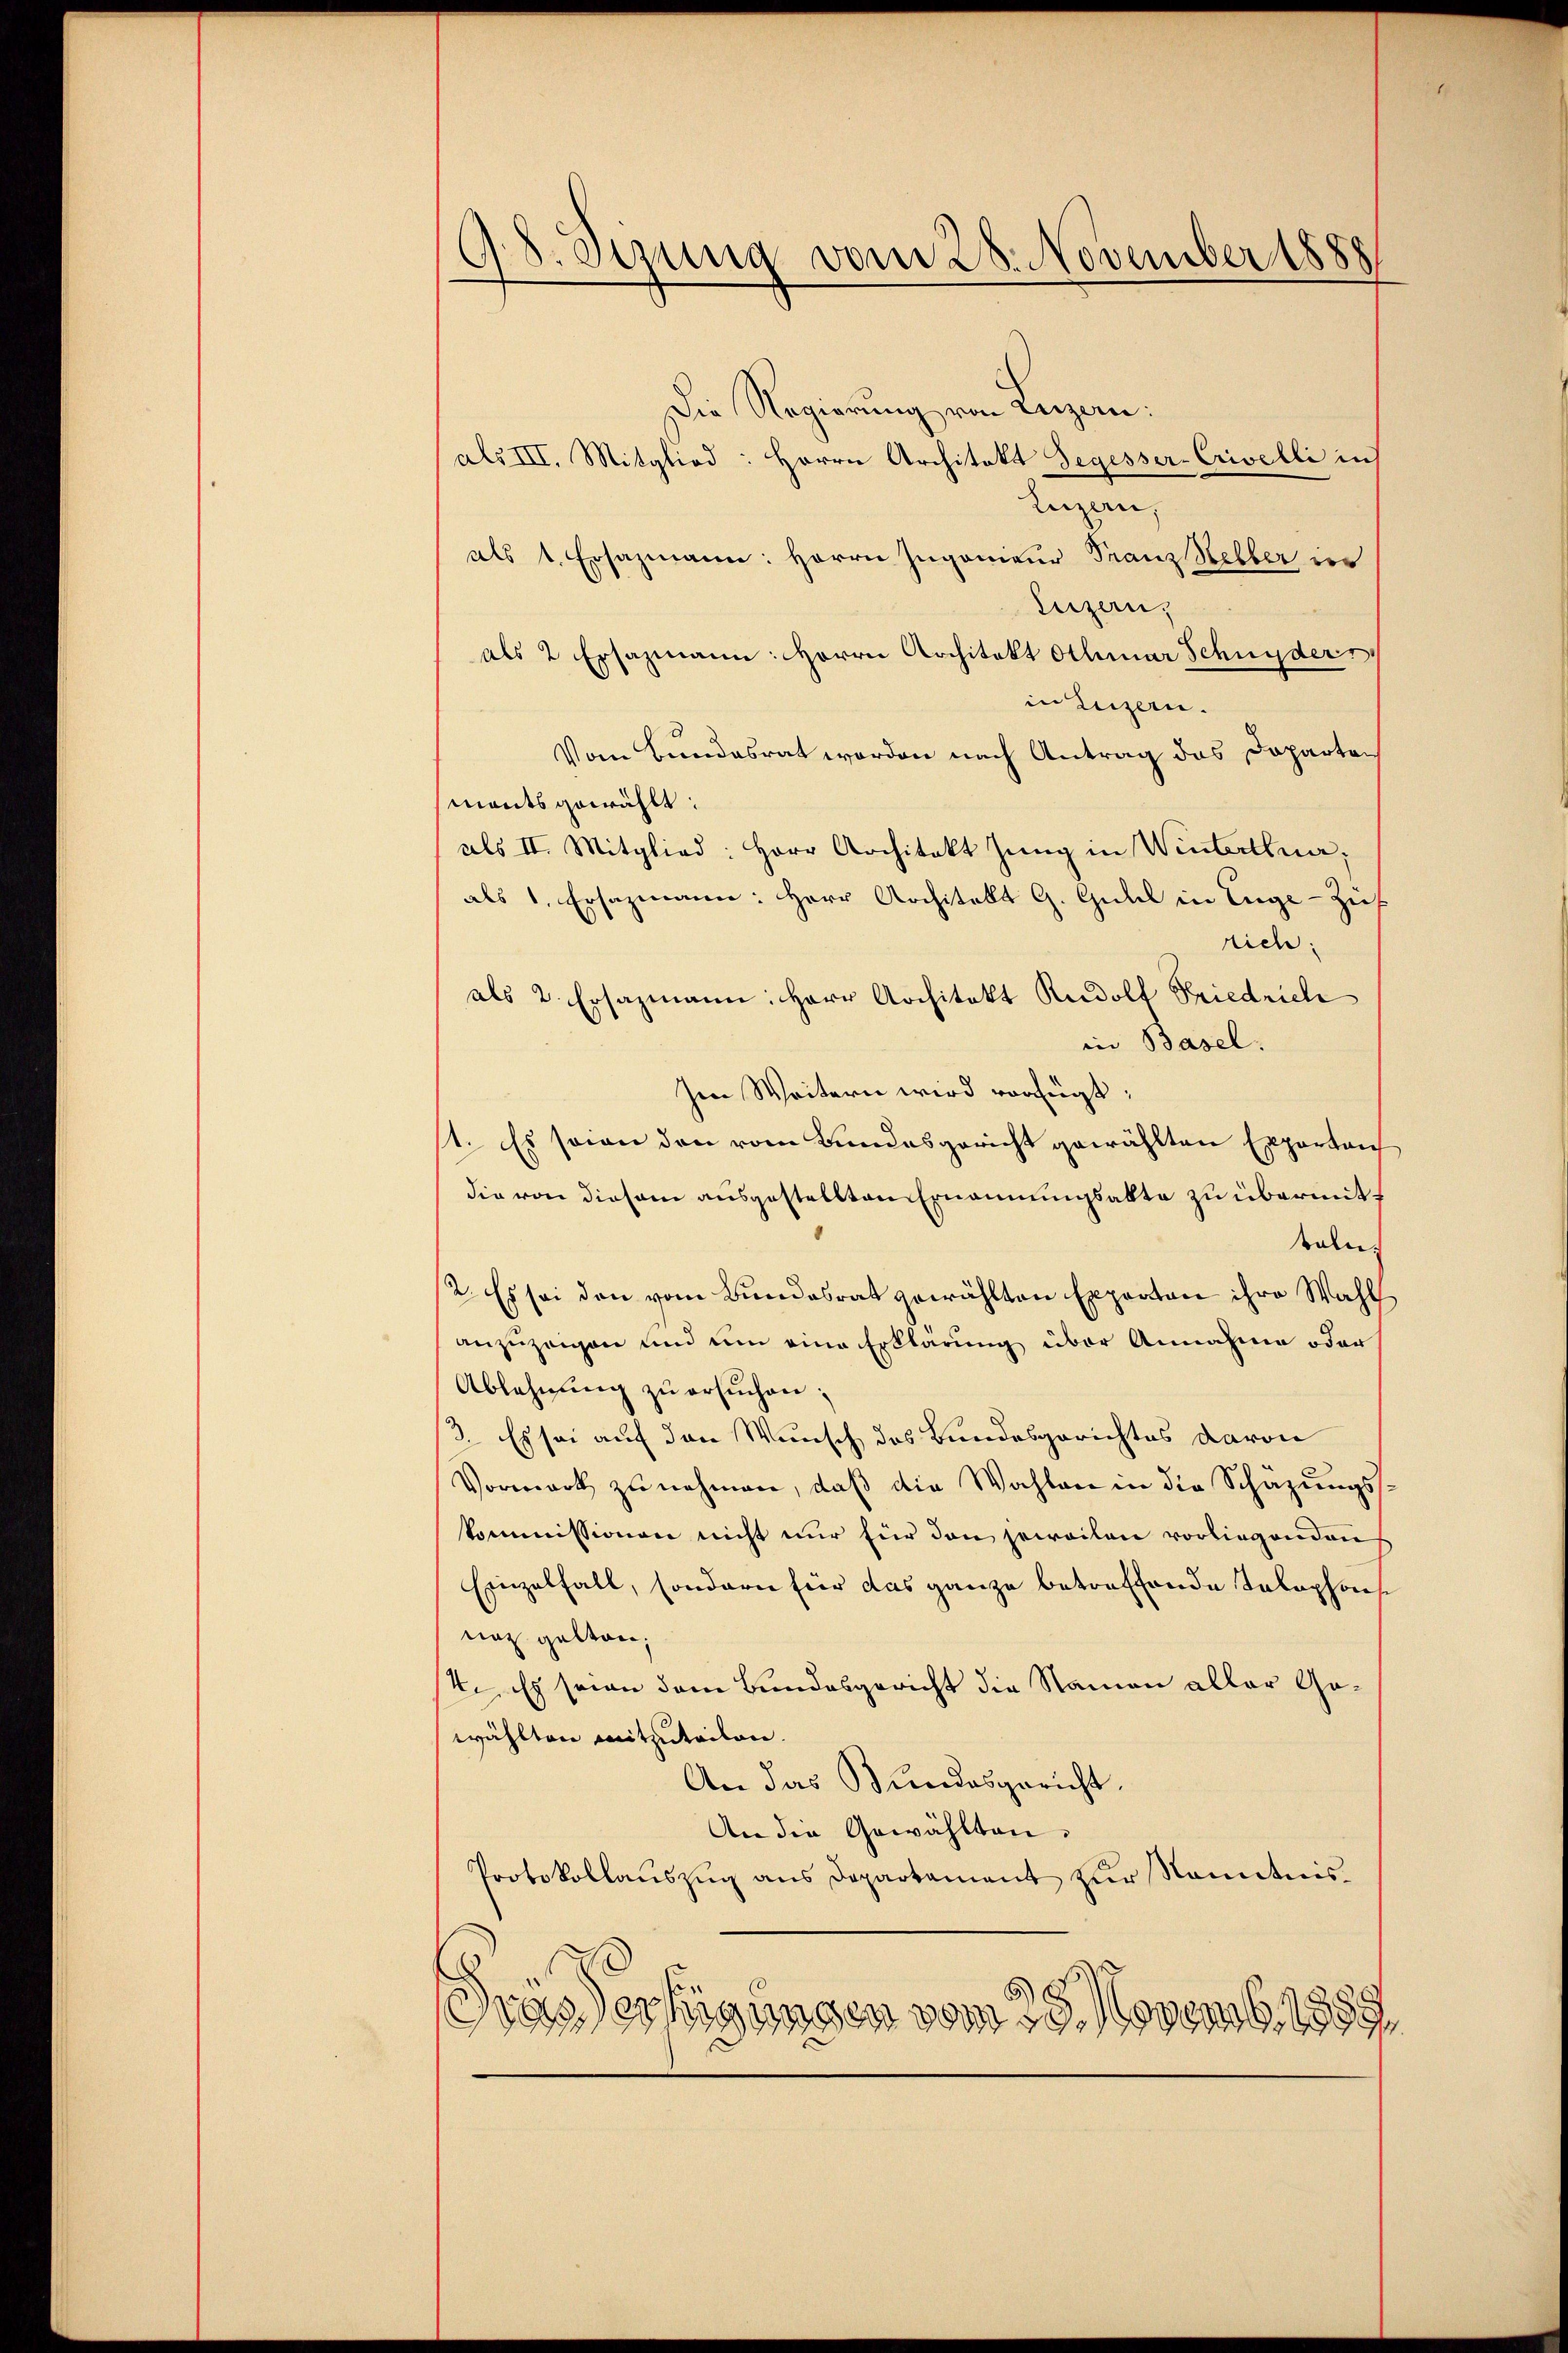
98. Stung vom 28. November 1888

Die Regierung von Luzern:
als III. Mitglied: Herrn Architekt Segesser-Crivelli in
Luzern,
als 1. Ersazmann: Herrn Ingenieur Franz Selber der
Luzern,
als 2 Ersazmann: Herrn Architekt Athmar Schnyders
in Luzern.
Vom Bundesrat worden nach Antrag das Departemants gewählt:
als II. Mitglied: Herr Architekt Jŭng in Winterthue,
als 1. Ersazmann: Herr Architekt G. Guhl in Enge-Zif
rich:
als 2. Ersazmann: Herr Architekt Rudolf Friedrich
in Basel.
Im Weitern wird verfügt:
1. Es soin den vom Bundesgericht gewählten Exportan
die von diesem ausgestellten Ernennungsakte zu übermitteln
12. Es sei den vom Bundesrat gewählten Experton ihre Wahl
anzuzeigen und um eine Erklärung über Annahme oder
Ablehnung zu ersuchen;
/3. Es sei auf den Wunsch des Bundesgerichtes davon
Vormark zu nehmen, daß die Wahlen in die Schäzungsskommissionen nicht nur für den jeweilen vorliegenden
Einzelfall, sondern für das ganze betreffende Telephonis
naz gelten,
7. Es seien dem Bundesgericht die Namen aller Gewählten mitzutailen.
An das Bundesgericht.
An die Gewählten.
Protokollauszug aus Departament zur Kenntnis.
5
Grassertigungen vom 15. Novemb. 1889